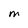
Character: M